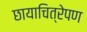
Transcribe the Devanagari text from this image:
छायाचित्रेपण